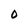
Character: O